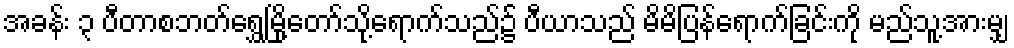
အခန်း ၃ ပီတာစဘတ်ရွှေမြို့တော်သို့ရောက်သည်၌ ပီယာသည် မိမိပြန်ရောက်ခြင်းကို မည်သူ့အားမျှ